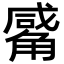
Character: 觱